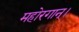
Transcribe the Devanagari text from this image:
महोरगान्।